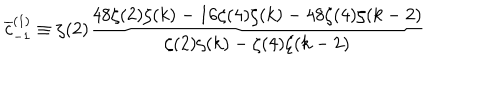
\overline { { { c } } } _ { - 1 } ^ { ( 1 ) } \equiv \zeta ( 2 ) \frac { 4 8 \zeta ( 2 ) \zeta ( k ) - 1 6 \zeta ( 4 ) \zeta ( k ) - 4 8 \zeta ( 4 ) \zeta ( k - 2 ) } { \zeta ( 2 ) \zeta ( k ) - \zeta ( 4 ) \zeta ( k - 2 ) }